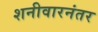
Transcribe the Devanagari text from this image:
शनीवारनंतर